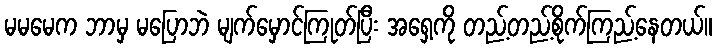
မမမေက ဘာမှ မပြောဘဲ မျက်မှောင်ကြုတ်ပြီး အရှေ့ကို တည့်တည့်စိုက်ကြည့်နေတယ်။